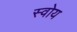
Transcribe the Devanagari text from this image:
स्वोय